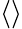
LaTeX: \left<\right>